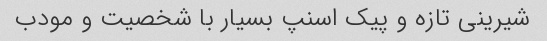
شیرینی تازه و پیک اسنپ بسیار با شخصیت و مودب